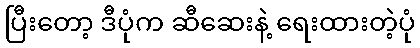
ပြီးတော့ ဒီပုံက ဆီဆေးနဲ့ ရေးထားတဲ့ပုံ